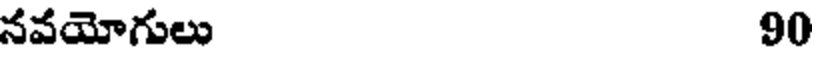
నవయోగులు 90